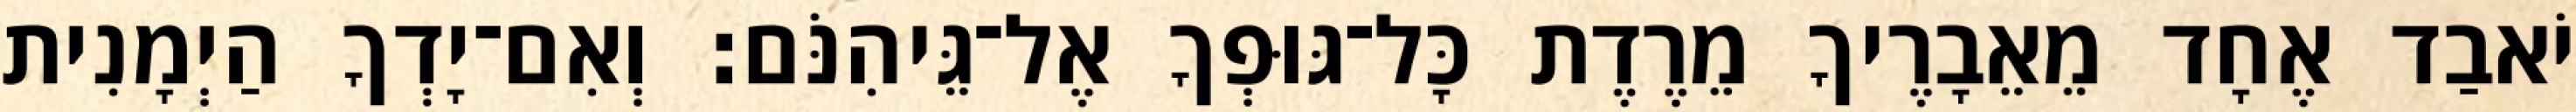
יֹאבַד אֶחָד מֵאֵבָרֶיךָ מֵרֶדֶת כָּל־גּוּפְךָ אֶל־גֵּיהִנֹּם׃ וְאִם־יָדְךָ הַיְמָנִית